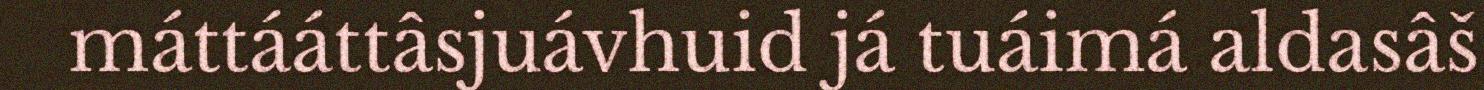
máttááttâsjuávhuid já tuáimá aldasâš